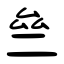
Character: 亝